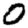
Digit: 0